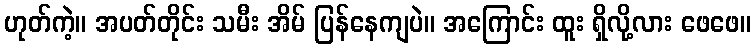
ဟုတ်ကဲ့။ အပတ်တိုင်း သမီး အိမ် ပြန်နေကျပဲ။ အကြောင်း ထူး ရှိလို့လား ဖေဖေ။